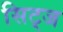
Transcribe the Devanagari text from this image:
सिट्ज